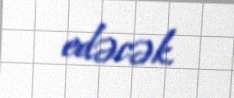
edəcək.